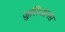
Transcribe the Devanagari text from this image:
जुलिआनस